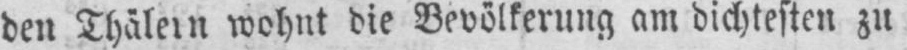
wohnt die Bevölkerung am dichtesten zu